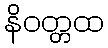
နိဝတ္တထ